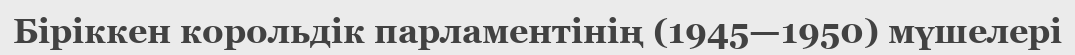
Біріккен корольдік парламентінің (1945—1950) мүшелері